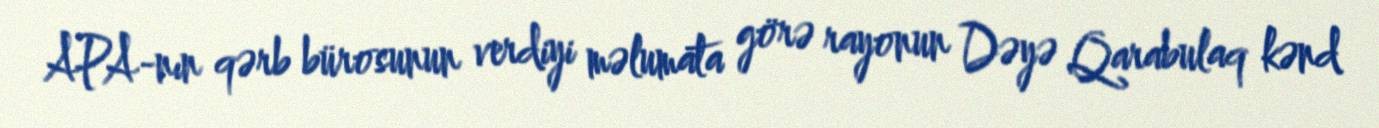
APA-nın qərb bürosunun verdiyi məlumata görə rayonun Dəyə Qarabulaq kənd